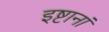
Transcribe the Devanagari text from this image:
इष्टानां